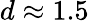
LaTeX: d\approx 1.5